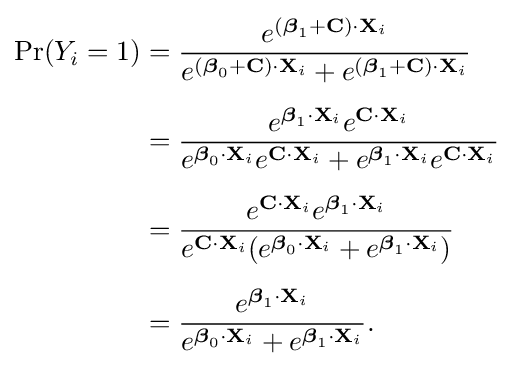
{\begin{aligned}\Pr(Y_{i}=1)&={\frac {e^{({\boldsymbol {\beta }}_{1}+\mathbf {C} )\cdot \mathbf {X} _{i}}}{e^{({\boldsymbol {\beta }}_{0}+\mathbf {C} )\cdot \mathbf {X} _{i}}+e^{({\boldsymbol {\beta }}_{1}+\mathbf {C} )\cdot \mathbf {X} _{i}}}}\\[5pt]&={\frac {e^{{\boldsymbol {\beta }}_{1}\cdot \mathbf {X} _{i}}e^{\mathbf {C} \cdot \mathbf {X} _{i}}}{e^{{\boldsymbol {\beta }}_{0}\cdot \mathbf {X} _{i}}e^{\mathbf {C} \cdot \mathbf {X} _{i}}+e^{{\boldsymbol {\beta }}_{1}\cdot \mathbf {X} _{i}}e^{\mathbf {C} \cdot \mathbf {X} _{i}}}}\\[5pt]&={\frac {e^{\mathbf {C} \cdot \mathbf {X} _{i}}e^{{\boldsymbol {\beta }}_{1}\cdot \mathbf {X} _{i}}}{e^{\mathbf {C} \cdot \mathbf {X} _{i}}(e^{{\boldsymbol {\beta }}_{0}\cdot \mathbf {X} _{i}}+e^{{\boldsymbol {\beta }}_{1}\cdot \mathbf {X} _{i}})}}\\[5pt]&={\frac {e^{{\boldsymbol {\beta }}_{1}\cdot \mathbf {X} _{i}}}{e^{{\boldsymbol {\beta }}_{0}\cdot \mathbf {X} _{i}}+e^{{\boldsymbol {\beta }}_{1}\cdot \mathbf {X} _{i}}}}.\end{aligned}}